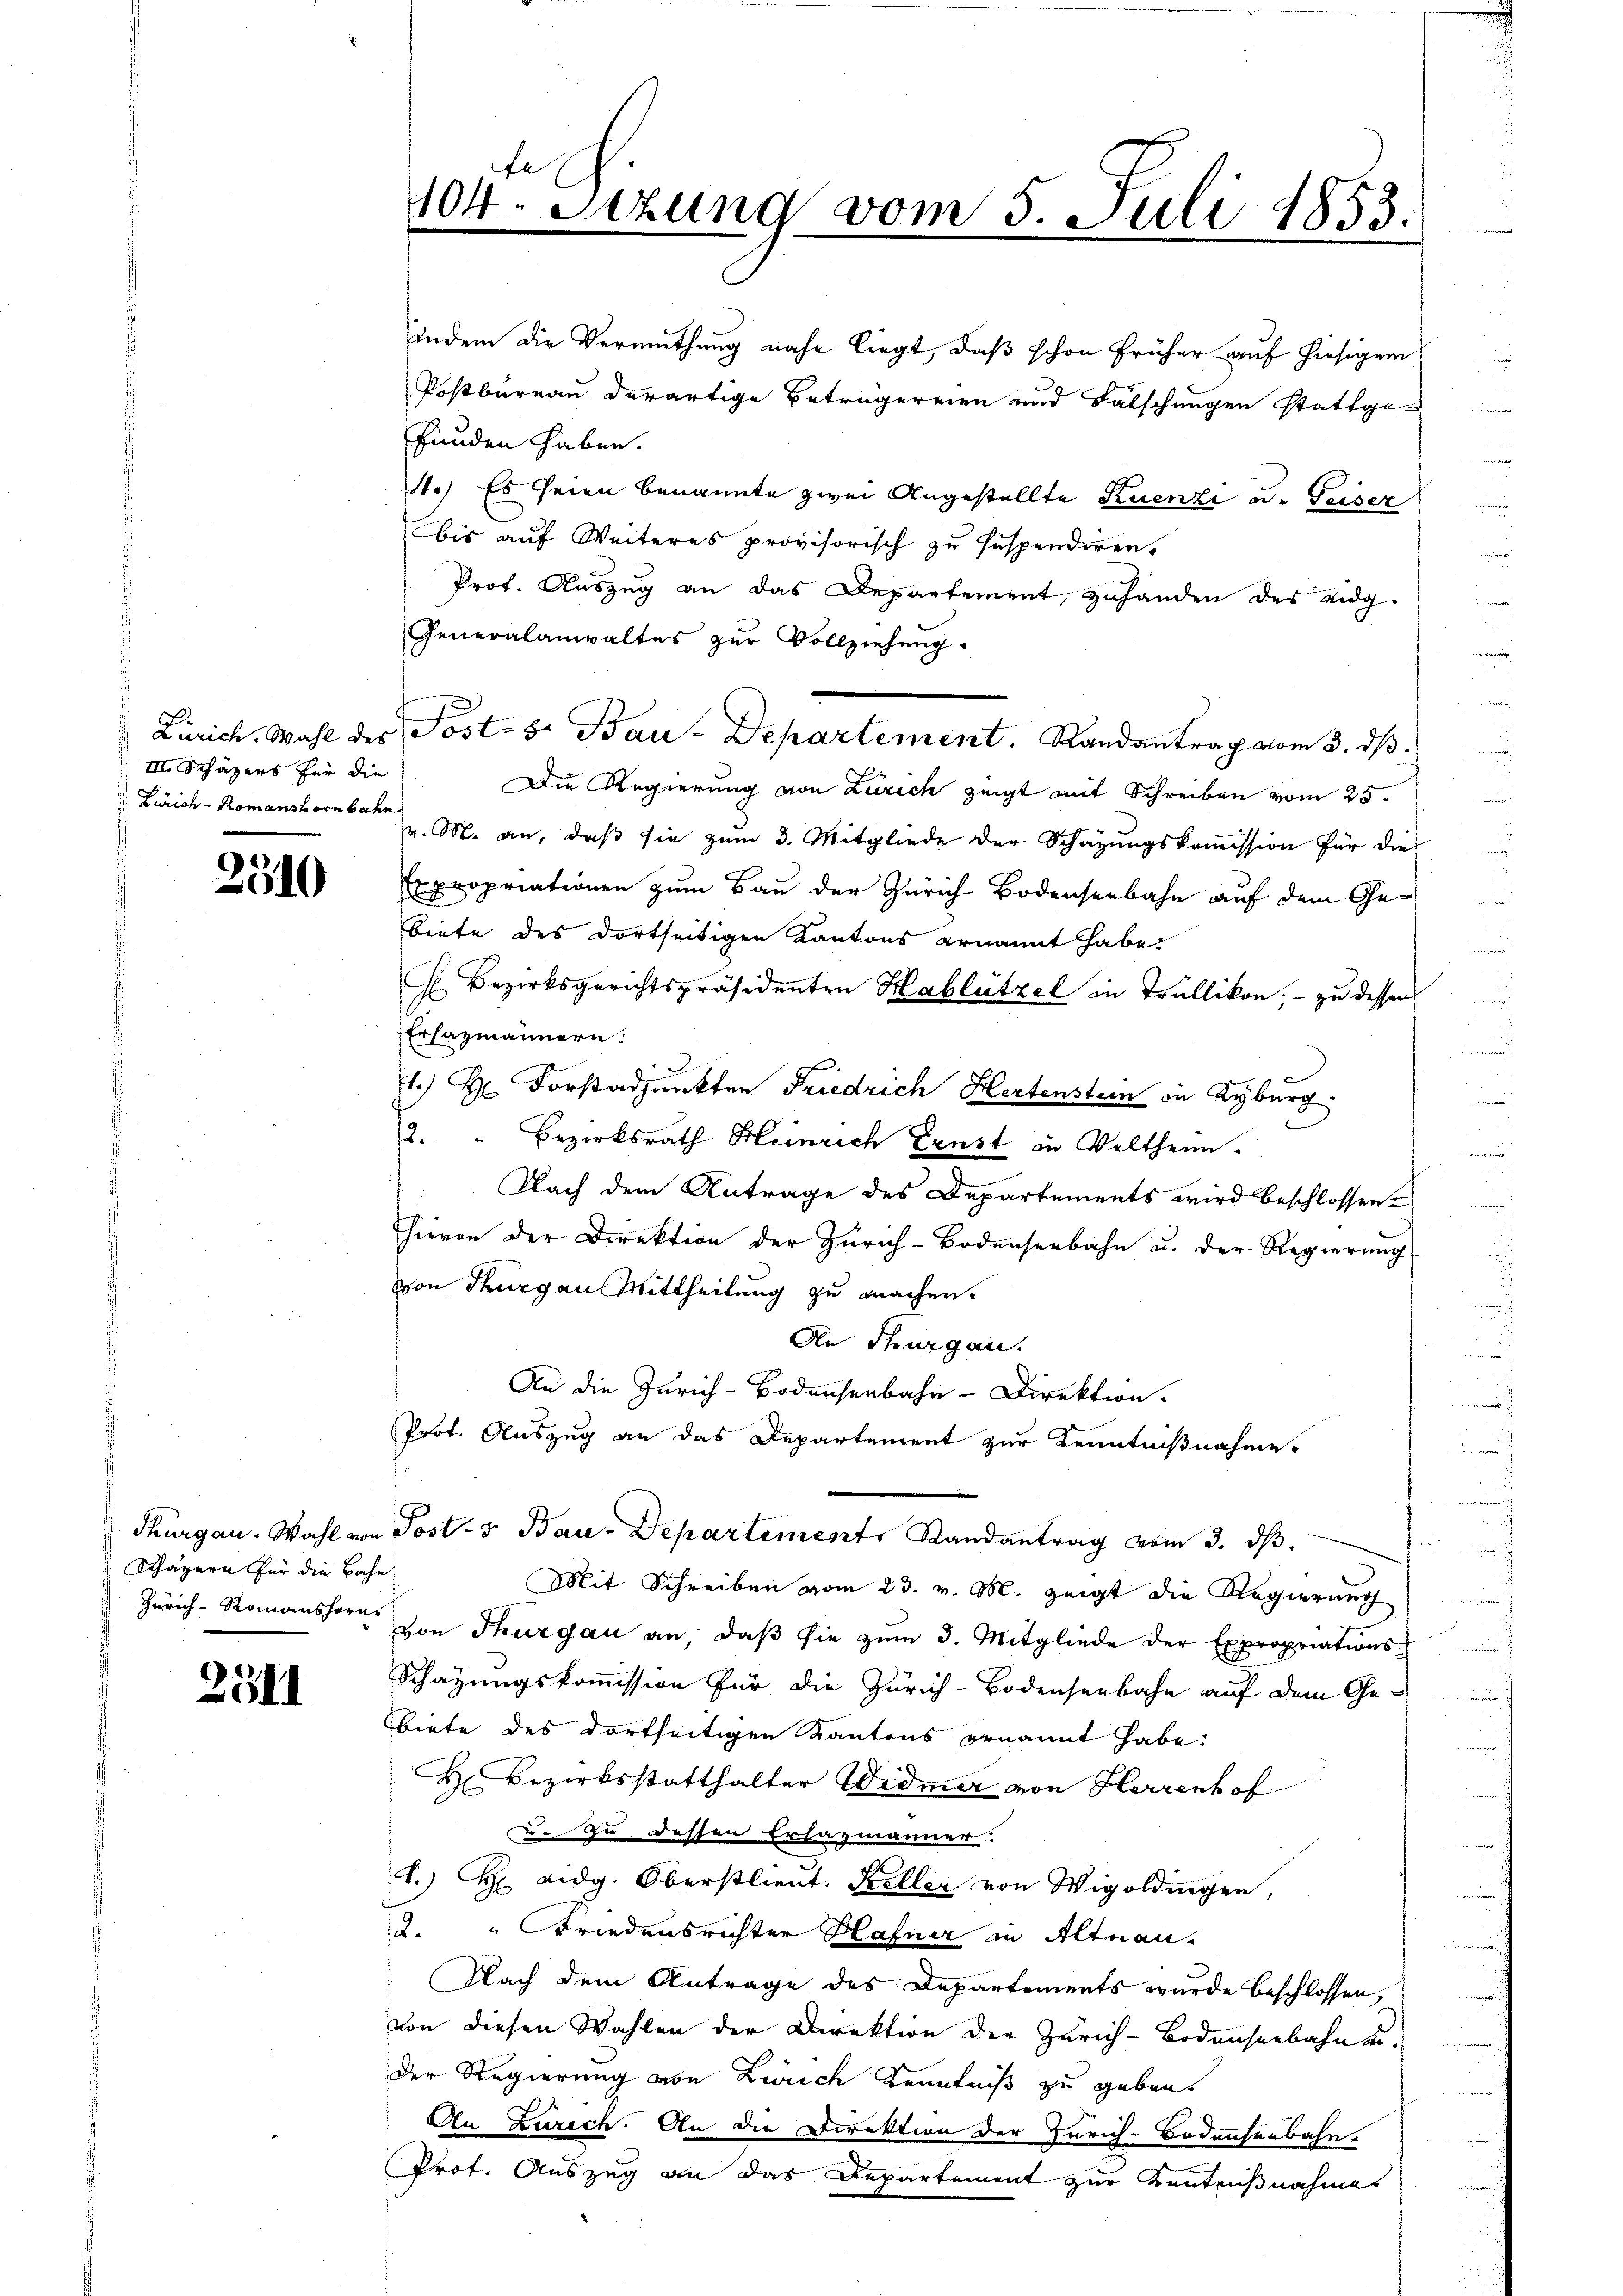
III. Schäzers für die
 Zürich - Romanshorn bahn.

2510

Schäzern für die Bahn

2311

4.) Es seien benannte zwei Angestellte Ruenzi ad. Keiser
bis auf Weiteres provisorisch zu suspendiren.
Prof. Auszug an das Departement, zuhanden des eidg.
Generalanwaltes zur Vollziehung.
Die Regierung von Zürich zeigt mit Schreiben vom 25.
v. M. an, daß sie zum 3. Mitgliede der Schazungskommission für die
Expropriationen zum Bau der Zürich Bodenseebahn auf dem Ge-
biete des dortseitigen Kantons ernannt habe.
H Bezirksgerichtspräsidenten Hablützel in Trüllikon, – zu dessen
Erhazmännern.
1.) Forstadjunkten Friedrich Hertenstein in Kyburg.
2. " Bezirksrath Heinrich Ernst in Veltheim.
Nach dem Antrage des Departements wird beschlossen.
hievon der Direktion der Zürich-Bodenseebahn u. der Regierung
von Thurgau Mittheilung zu machen.
An Thurgau.
An die Zürich-Bodensenbahn-Direktion.
Prot. Auszug an das Departement zur Kenntnißnahme
Thurgau. Wahl von Post- & Bau-Departement Randantrag vom 3. ds.
Mit Schreiben vom 23. v. M. zeigt die Regierung
Zürich-Romanshorn von Thurgau an, daß sie zum 3. Mitgliede der Expropriations-
Schazungskommission für die Zürich-Bodenserbahn auf dem Gebiete des dortseitigen Kantons ernannt habe:
H Bezirksstatthalter Widmer von Herrenhof
u. zu dessen Erhazmänner.
) H Didg. Oberstlieut. Steller von Wigoldingen,
2. " Friedensrichter Hafner in Altnau.
Nach dem Antrage des Departements wurde beschlossen,
von diesen Wahlen der Direktion der Zürich-Bodenseebahnt.
Der Regierung von Zürich Kenntniß zu geben.
An Zurech. An die Direktion der Zürich-Bodensenbahn.
Prot. Auszug an das Departement zur Kentnißnahmes

404. Sitzung vom 5. Juli 1853.

indem die Vermuthung nahe liegt, daß schon früher auf hiesigem
Postbureau derartige Beträgereien und Falschungen stattge-
funden haben.

Zürich. Wahl der Post- s. Bau-Departement. Randantrag vom 3. dβ.